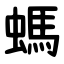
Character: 螞